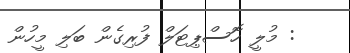
: މުލީ ހޮސްޕިޓަލް ފުރިގެން ބަލި މީހުން